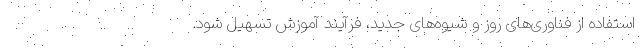
استفاده از فناوری‌های روز و شیوه‌های جدید، فرآیند آموزش تسهیل شود.